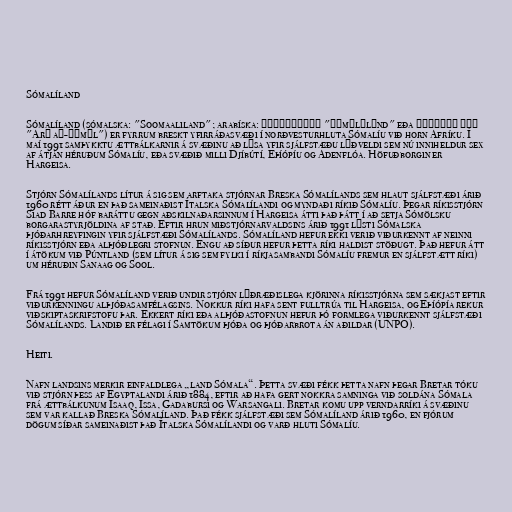
Sómalíland

Sómalíland (sómalska: "Soomaaliland"; arabíska: صوماليلاند‎ "Ṣūmālīlānd" eða أرض الصومال
"Arḍ aṣ-Ṣūmāl") er fyrrum breskt yfirráðasvæði í norðvesturhluta Sómalíu við horn Afríku. Í
maí 1991 samþykktu ættbálkarnir á svæðinu að lýsa yfir sjálfstæðu lýðveldi sem nú inniheldur sex
af átján héruðum Sómalíu, eða svæðið milli Djíbútí, Eþíópíu og Adenflóa. Höfuðborgin er
Hargeisa.

Stjórn Sómalílands lítur á sig sem arftaka stjórnar Breska Sómalílands sem hlaut sjálfstæði árið
1960 rétt áður en það sameinaðist Ítalska Sómalílandi og myndaði ríkið Sómalíu. Þegar ríkisstjórn
Siad Barre hóf baráttu gegn aðskilnaðarsinnum í Hargeisa átti það þátt í að setja Sómölsku
borgarastyrjöldina af stað. Eftir hrun miðstjórnarvaldsins árið 1991 lýsti Sómalska
þjóðarhreyfingin yfir sjálfstæði Sómalílands. Sómalíland hefur ekki verið viðurkennt af neinni
ríkisstjórn eða alþjóðlegri stofnun. Engu að síður hefur þetta ríki haldist stöðugt. Það hefur átt
í átökum við Púntland (sem lítur á sig sem fylki í ríkjasambandi Sómalíu fremur en sjálfstætt ríki)
um héruðin Sanaag og Sool.

Frá 1991 hefur Sómalíland verið undir stjórn lýðræðislega kjörinna ríkisstjórna sem sækjast eftir
viðurkenningu alþjóðasamfélagsins. Nokkur ríki hafa sent fulltrúa til Hargeisa, og Eþíópía rekur
viðskiptaskrifstofu þar. Ekkert ríki eða alþjóðastofnun hefur þó formlega viðurkennt sjálfstæði
Sómalílands. Landið er félagi í Samtökum þjóða og þjóðarbrota án aðildar (UNPO).

Heiti.

Nafn landsins merkir einfaldlega „land Sómala“. Þetta svæði fékk þetta nafn þegar Bretar tóku
við stjórn þess af Egyptalandi árið 1884, eftir að hafa gert nokkra samninga við soldána Sómala
frá ættbálkunum Isaaq, Issa, Gadabursi og Warsangali. Bretar komu upp verndarríki á svæðinu
sem var kallað Breska Sómalíland. Það fékk sjálfstæði sem Sómalíland árið 1960, en fjórum
dögum síðar sameinaðist það Ítalska Sómalílandi og varð hluti Sómalíu.